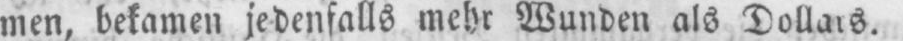
men, bekamen jedenfalls mehr Wunden als Dollars.